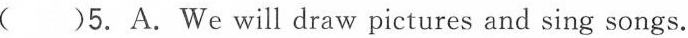
( )5.A.We will draw pictures and sing songs.